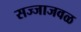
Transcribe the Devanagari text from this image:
सज्जाजवळ